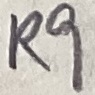
Text: R9